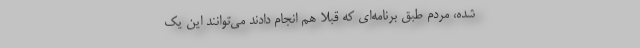
شده، مردم طبق برنامه‌ای که قبلاً هم انجام دادند می‌توانند این یک